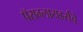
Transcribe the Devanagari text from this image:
पॅराग्लायडर्सचे